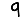
Digit: 9